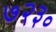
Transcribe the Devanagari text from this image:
७२३०